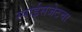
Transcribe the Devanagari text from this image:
स्पाईसजेटचा